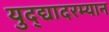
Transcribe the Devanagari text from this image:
युद्द्यादरम्यान